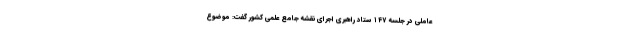
عاملی در جلسه ۱۴۷ ستاد راهبری اجرای نقشه جامع علمی کشور گفت: موضوع